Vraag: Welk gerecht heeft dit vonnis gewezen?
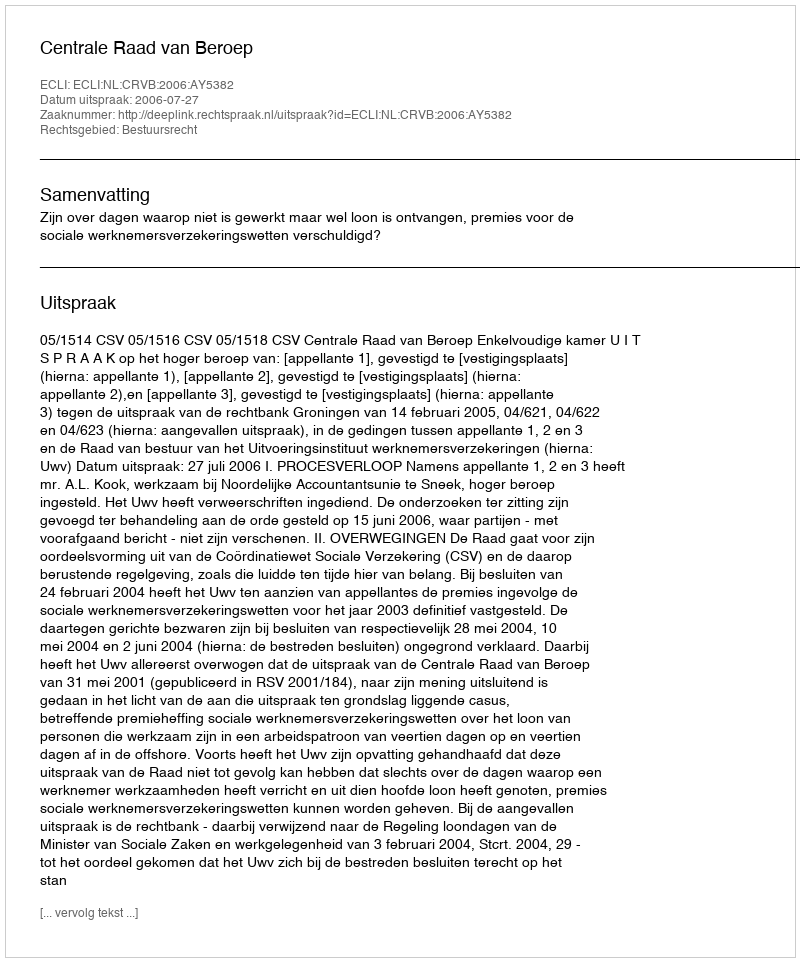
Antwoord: Centrale Raad van Beroep